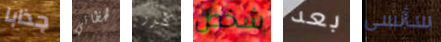
جذابا لحظاتي كرر شخص بعد سأنسى